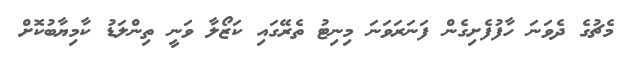
މެޗުގެ ދެވަނަ ހާފުފެށިގެން ފަނަރަވަނަ މިނިޓު ތެރޭގައި ކަޒޯލާ ވަނީ ތިންލަޑު ކާމިޔާބުކޮށް